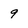
Character: 9